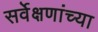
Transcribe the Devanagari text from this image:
सर्वेक्षणांच्या